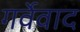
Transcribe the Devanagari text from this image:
गर्वेवाद